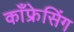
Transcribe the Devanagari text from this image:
काँफ्रेसिंग